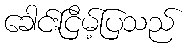
ခေါင်းငြိမ့်ပြသည်